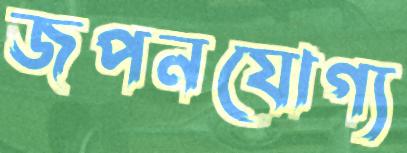
জপনযোগ্য